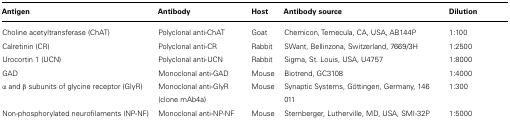
<table><thead><tr><td><b>Antigen</b></td><td><b>Antibody</b></td><td><b>Host</b></td><td><b>Antibody source</b></td><td><b>Dilution</b></td></tr></thead><tbody><tr><td>Choline acetyltransferase (ChAT)</td><td>Polyclonal anti-ChAT</td><td>Goat</td><td>Chemicon, Temecula, CA, USA, AB144P</td><td>1:100</td></tr><tr><td>Calretinin (CR)</td><td>Polyclonal anti-CR</td><td>Rabbit</td><td>SWant, Bellinzona, Switzerland, 7669/3H</td><td>1:2500</td></tr><tr><td>Urocortin 1 (UCN)</td><td>Polyclonal anti-UCN</td><td>Rabbit</td><td>Sigma, St. Louis, USA, U4757</td><td>1:8000</td></tr><tr><td>GAD</td><td>Monoclonal anti-GAD</td><td>Mouse</td><td>Biotrend, GC3108</td><td>1:4000</td></tr><tr><td>α and β subunits of glycine receptor (GlyR)</td><td>Monoclonal anti-GlyR (clone mAb4a)</td><td>Mouse</td><td>Synaptic Systems, Göttingen, Germany, 146 011</td><td>1:300</td></tr><tr><td>Non-phosphorylated neurofilaments (NP-NF)</td><td>Monoclonal anti-NP-NF</td><td>Mouse</td><td>Sternberger, Lutherville, MD, USA, SMI-32P</td><td>1:5000</td></tr></tbody></table>